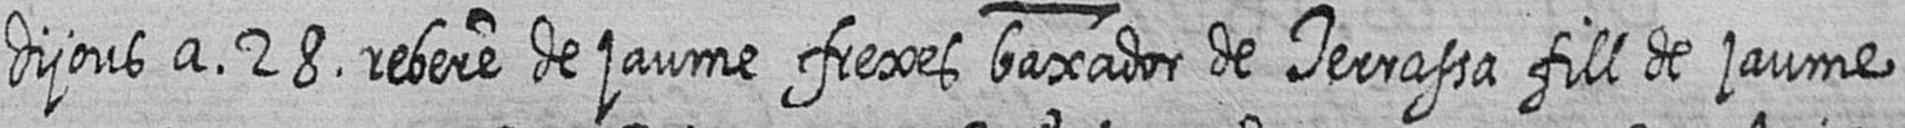
dijous a 28 rebere de jaume frexes baxador de Terrassa fill de jaume